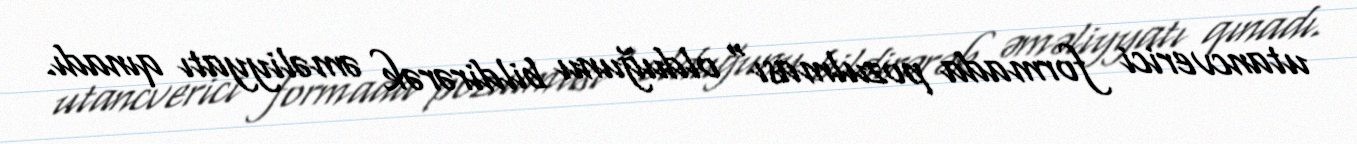
utancverici formada pozulması" olduğunu bildirərək əməliyyatı qınadı.